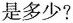
是多少?